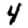
Digit: 4